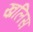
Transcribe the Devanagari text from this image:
ख़लिस